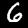
Label: 6